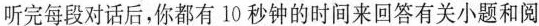
听完每段对话后,你都有 10 秒钟的时间来回答有关小题和阅